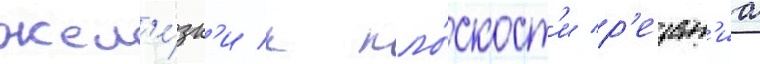
жел'е́зк'и к пло́скост'и р'езан'иа